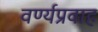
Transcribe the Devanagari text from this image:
वर्ण्यप्रवाह